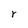
Character: r